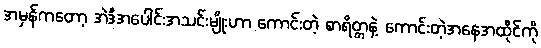
အမှန်ကတော့ အဲဒီအပေါင်းအသင်းမျိုးဟာ ကောင်းတဲ့ စာရိတ္တနဲ့ ကောင်းတဲ့အနေအထိုင်ကို